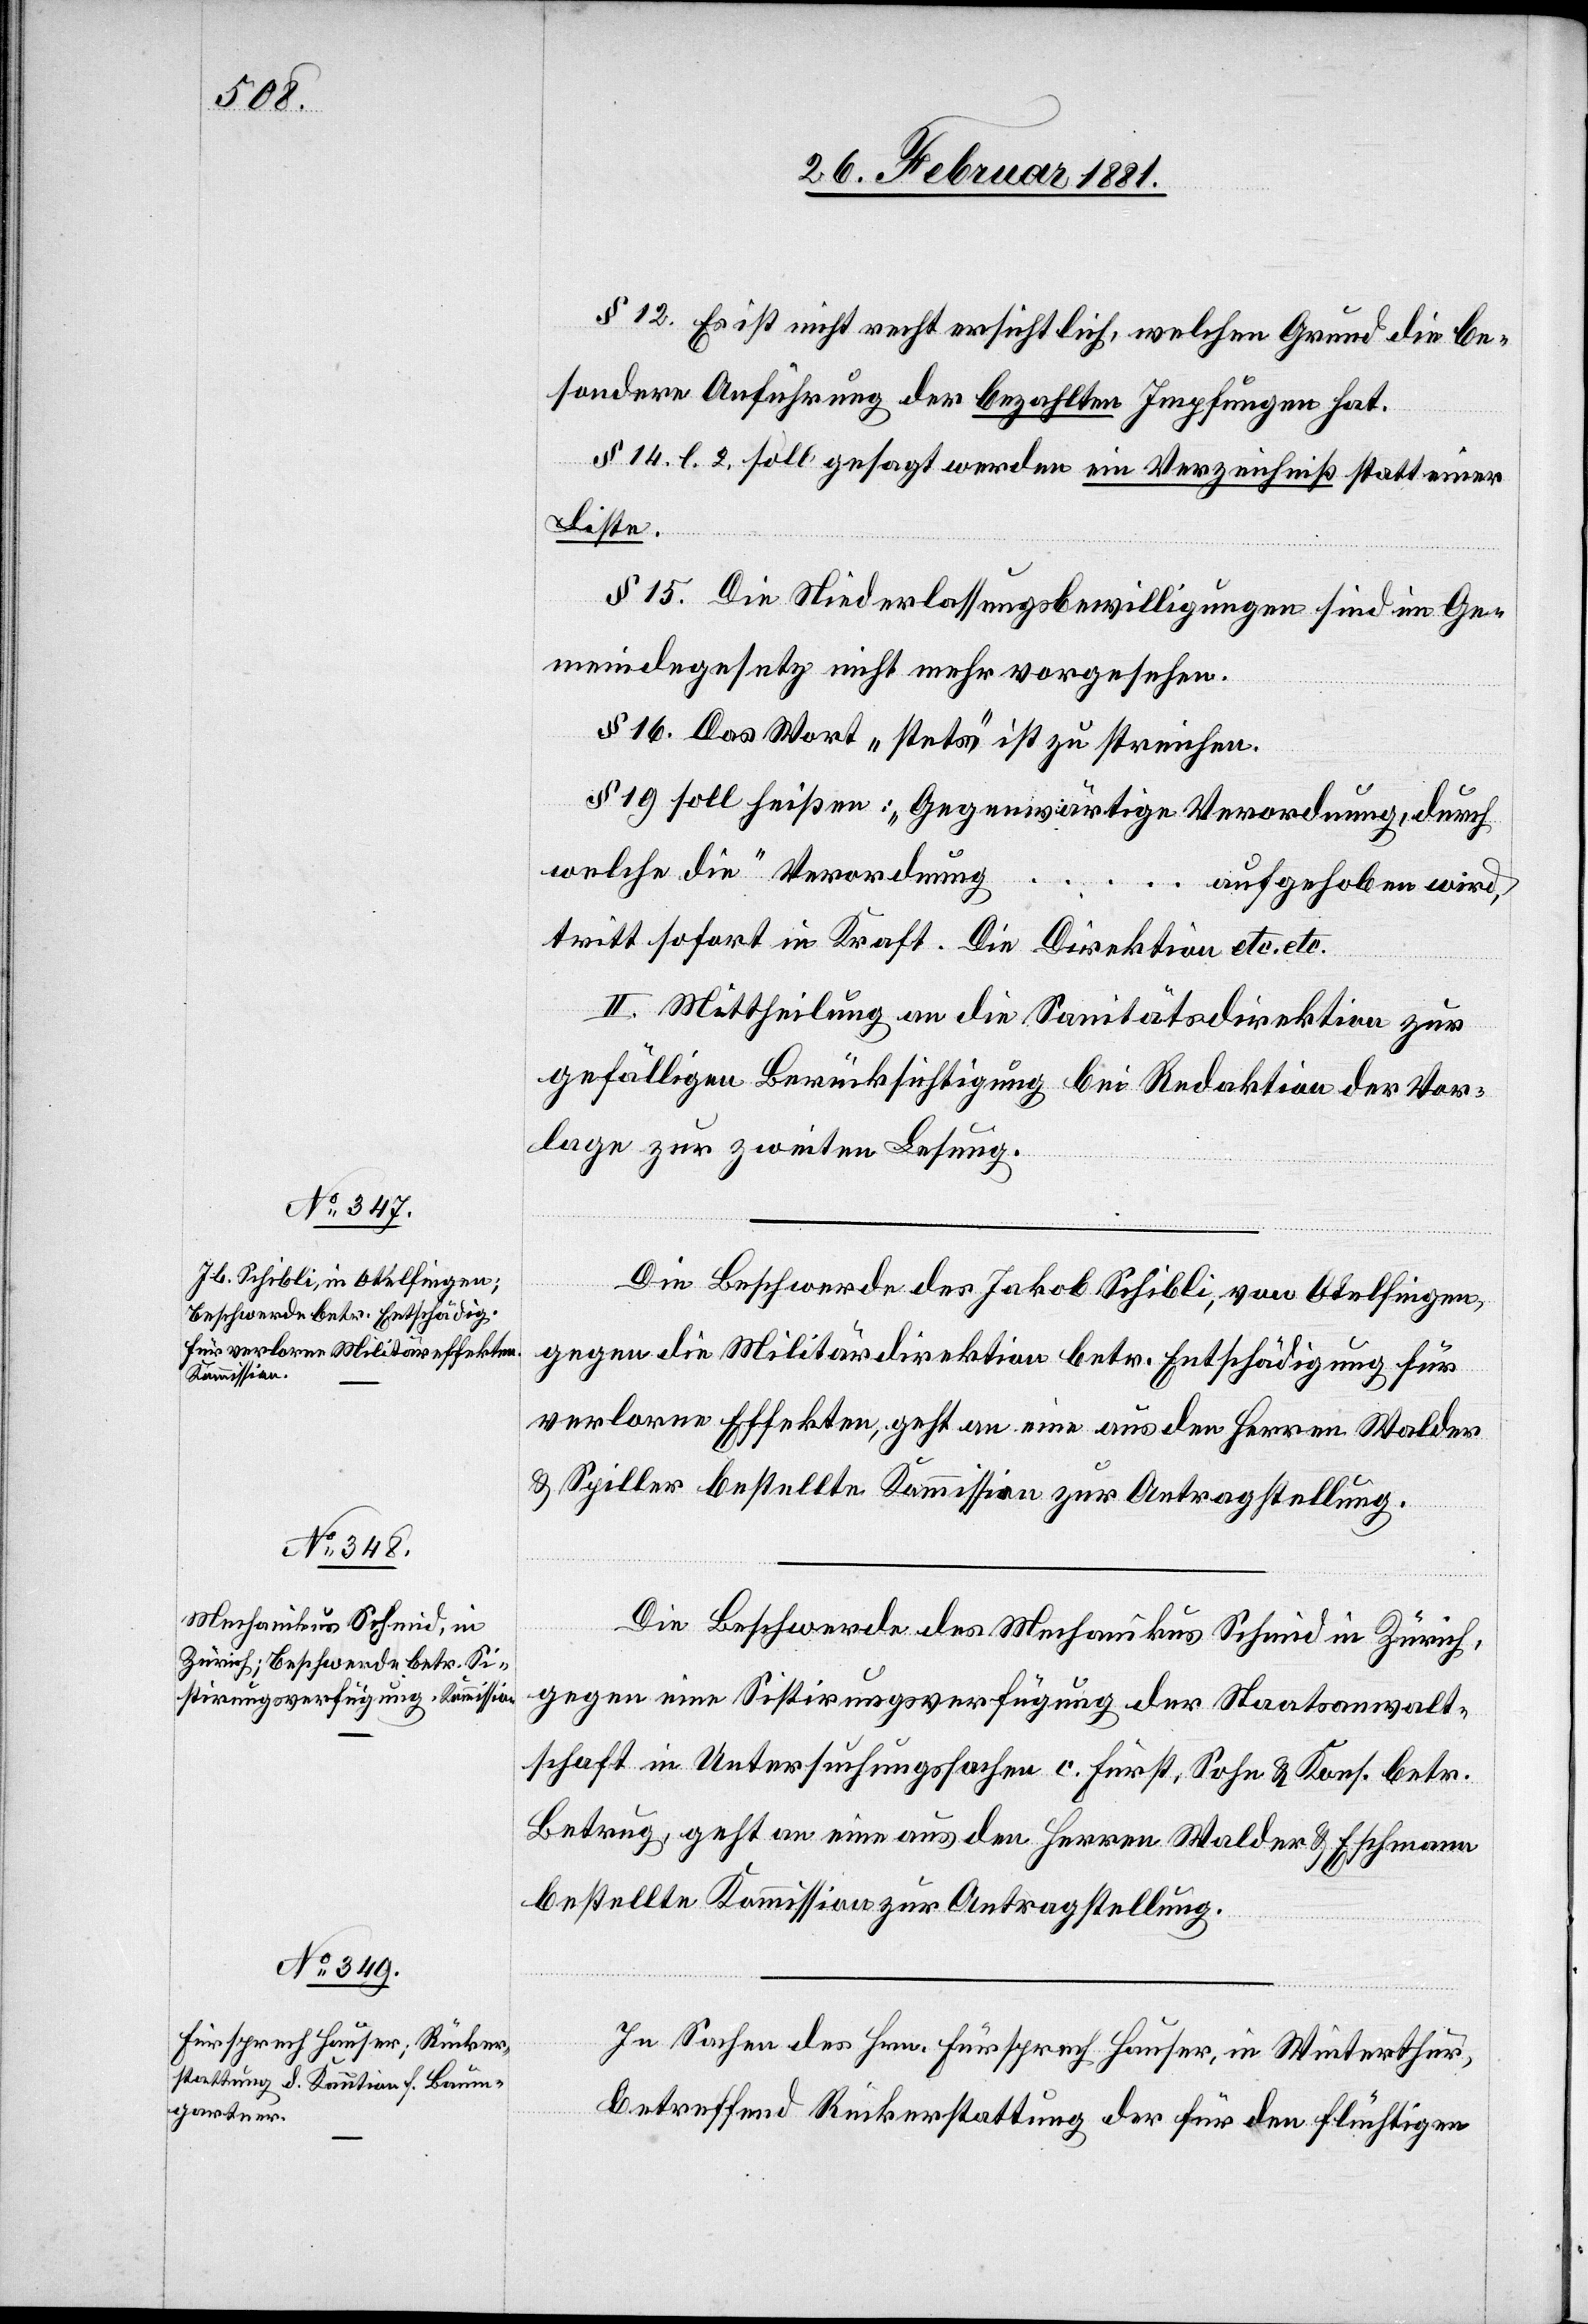
§ 12. Es ist nicht recht ersichtlich, welchen Grund die be¬
sondere Anführung der bezahlten Impfungen hat.
§ 14. l. 2. soll gesagt werden ein Verzeichniß statt einer
Liste.
§ 15. Die Niederlassungsbewilligungen sind im Ge¬
meindegesetz nicht mehr vorgesehen.
§ 16. Das Wort „stets“ ist zu streichen.
§ 19. soll heißen: „Gegenwärtige Verordnung, durch
welche die“ Verordnung … aufgehoben wird,
tritt sofort in Kraft. Die Direktion etc. etc.
II. Mittheilung an die Sanitätsdirektion zur
gefälligen Berücksichtigung bei Redaktion der Vor¬
lage zur zweiten Lesung.
Die Beschwerde des Jakob Schibli, von Otelfingen,
gegen die Militärdirektion betr. Entschädigung für
verlorne Effekten, geht an eine aus den Herren Walder
& Spiller bestellte Kommission zur Antragstellung.
Die Beschwerde des Mechanikus Schmid in Zürich,
gegen eine Sistirungsverfügung der Staatsanwalt¬
schaft in Untersuchungssachen c. Fürst, Sohn & Kons. betr.
Betrug, geht an eine aus den Herren Walder & Eschmann
bestellte Kommission zur Antragstellung.
In Sachen des Hrn. Fürsprech Hauser, in Winterthur,
betreffend Rückerstattung der für den flüchtigen